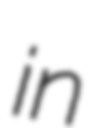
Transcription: in